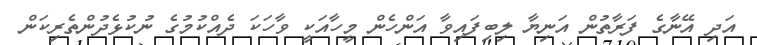
އަދި އޭނާގެ ފަރާތުން އަނިޔާ ލިބިފައިވާ އަންހެން މީހާއަކީ ވާހަކަ ދެއްކުމުގެ ނުކުޅެދުންތެރިކަން